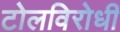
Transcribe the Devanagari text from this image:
टोलविरोधी